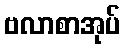
ဗလာစာအုပ်